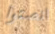
انصتوا